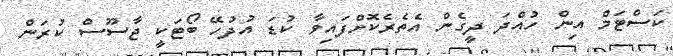
ކަސްޓަމް އިން ހުއްދަ ދީގެން އެތެރެކޮށްފައިވާ ކުޑަ އުުދުހޭ ބޯޓަކީ ޖާސޫސް ކުރަން